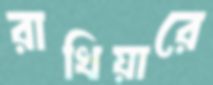
রাখিয়ারে